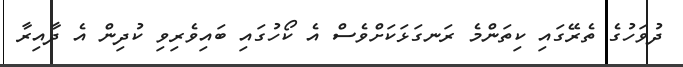
ދުވަހުގެ ތެރޭގައި ކިތަންމެ ރަނގަޅަކަށްވެސް އެ ކޯހުގައި ބައިވެރިވި ކުދިން އެ ދާއިރާ